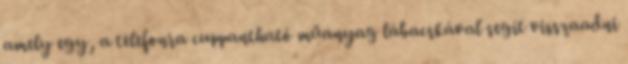
amely egy, a telefonra cuppantható műanyag lábacskával segít visszaadni